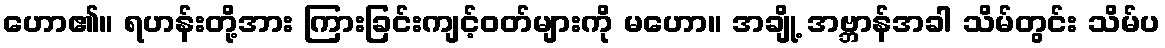
ဟော၏။ ရဟန်းတို့အား ကြားခြင်းကျင့်ဝတ်များကို မဟော။ အချို့ အဗ္ဘာန်အခါ သိမ်တွင်း သိမ်ပ